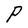
Character: P